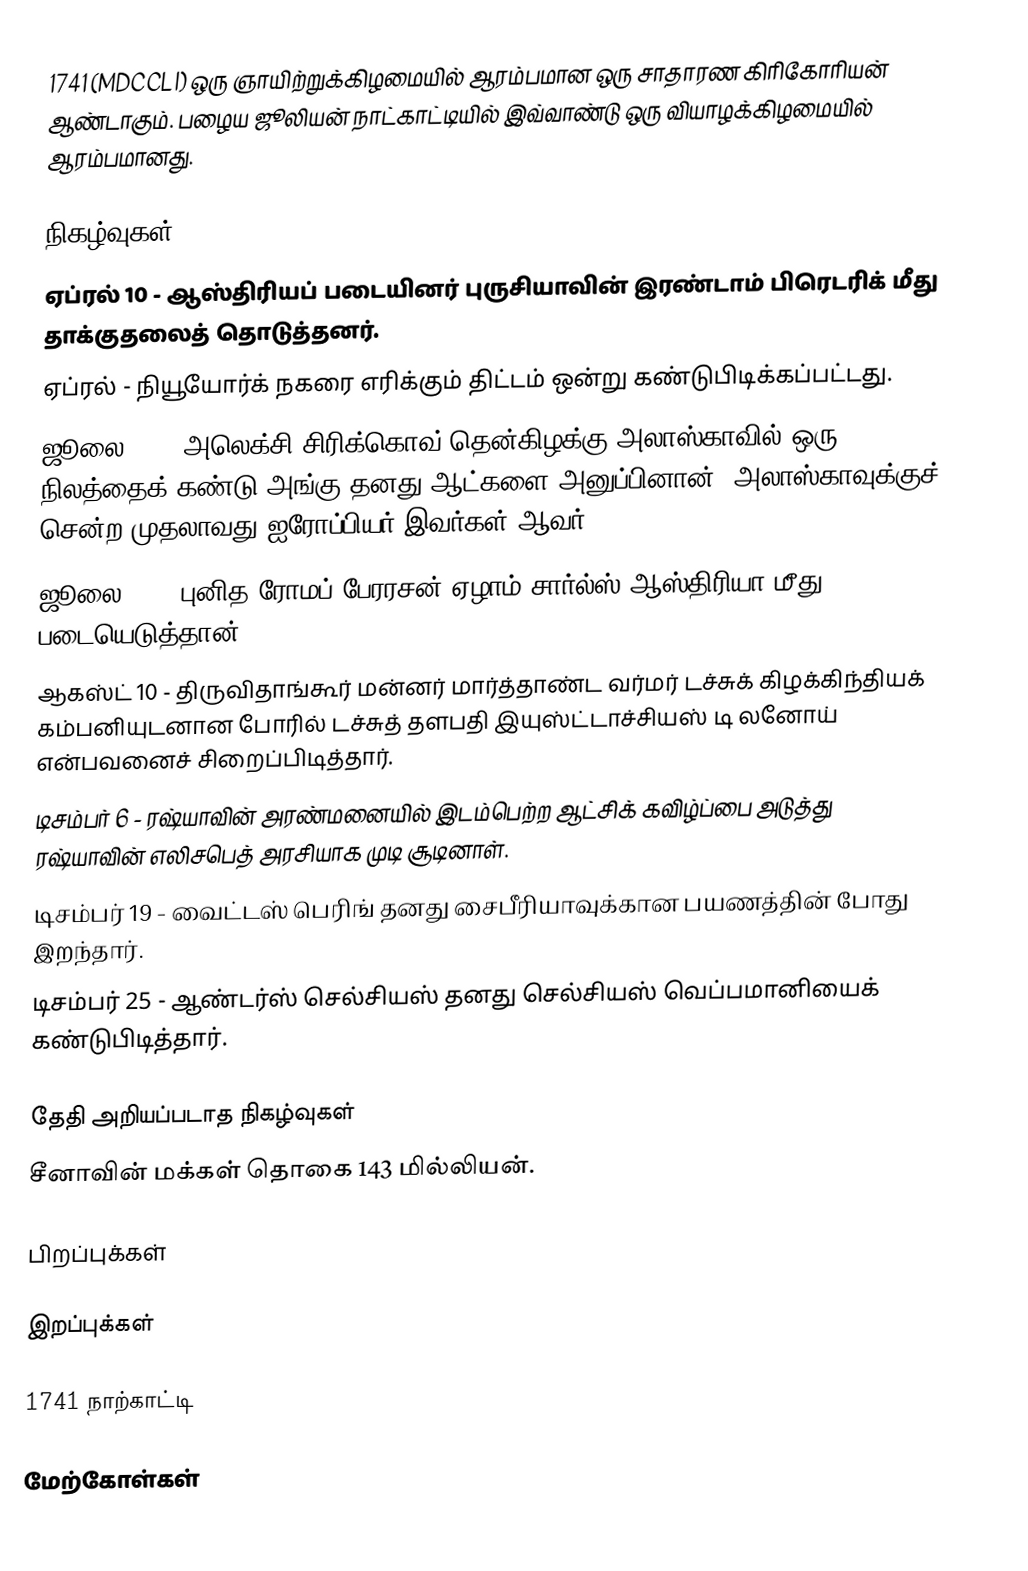
1741 (MDCCLI) ஒரு ஞாயிற்றுக்கிழமையில் ஆரம்பமான ஒரு சாதாரண கிரிகோரியன் ஆண்டாகும். பழைய ஜூலியன் நாட்காட்டியில் இவ்வாண்டு ஒரு வியாழக்கிழமையில் ஆரம்பமானது.

நிகழ்வுகள்
 ஏப்ரல் 10 - ஆஸ்திரியப் படையினர் புருசியாவின் இரண்டாம் பிரெடரிக் மீது தாக்குதலைத் தொடுத்தனர்.
 ஏப்ரல் - நியூயோர்க் நகரை எரிக்கும் திட்டம் ஒன்று கண்டுபிடிக்கப்பட்டது.
 ஜூலை 15 - அலெக்சி சிரிக்கொவ் தென்கிழக்கு அலாஸ்காவில் ஒரு நிலத்தைக் கண்டு அங்கு தனது ஆட்களை அனுப்பினான். அலாஸ்காவுக்குச் சென்ற முதலாவது ஐரோப்பியர் இவர்கள் ஆவர்.
 ஜூலை 31 - புனித ரோமப் பேரரசன் ஏழாம் சார்ல்ஸ் ஆஸ்திரியா மீது படையெடுத்தான்.
 ஆகஸ்ட் 10 - திருவிதாங்கூர் மன்னர் மார்த்தாண்ட வர்மர் டச்சுக் கிழக்கிந்தியக் கம்பனியுடனான போரில் டச்சுத் தளபதி இயுஸ்ட்டாச்சியஸ் டி லனோய் என்பவனைச் சிறைப்பிடித்தார்.
 டிசம்பர் 6 - ரஷ்யாவின் அரண்மனையில் இடம்பெற்ற ஆட்சிக் கவிழ்ப்பை அடுத்து ரஷ்யாவின் எலிசபெத் அரசியாக முடி சூடினாள்.
 டிசம்பர் 19 - வைட்டஸ் பெரிங் தனது சைபீரியாவுக்கான பயணத்தின் போது இறந்தார்.
 டிசம்பர் 25 - ஆண்டர்ஸ் செல்சியஸ் தனது செல்சியஸ் வெப்பமானியைக் கண்டுபிடித்தார்.

தேதி அறியப்படாத நிகழ்வுகள்
 சீனாவின் மக்கள் தொகை 143 மில்லியன்.

பிறப்புக்கள்

இறப்புக்கள்

1741 நாற்காட்டி

மேற்கோள்கள்